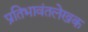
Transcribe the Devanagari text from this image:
प्रतिभावंतलेखक